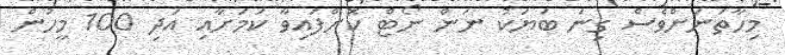
މިހާތަނަށްވެސް ގިނަ ބަޔަކު ނަން ނޯޓް ކޮށްފައިވާ ކަމަށާއި އަދި 100 މީހުން